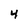
Character: 4